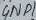
Text: GND1